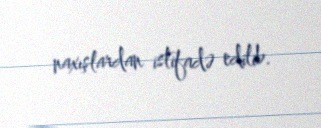
naxışlardan istifadə edilib.